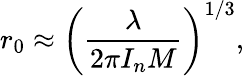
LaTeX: r_{0}\approx\left(\frac{\lambda}{2\pi I_{n}M}\right)^{1/3},